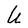
Character: U